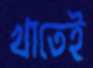
খাতেই